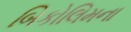
બિકોલિમના